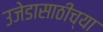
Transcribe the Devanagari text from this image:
उजेडासाठीच्या